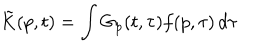
LaTeX: \tilde { K } ( p , t ) = \int G _ { p } ( t , \tau ) f ( p , \tau ) \, d \tau \: